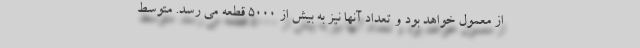
از معمول خواهد بود و تعداد آنها نیز به بیش از ۵۰۰۰ قطعه می رسد. متوسط